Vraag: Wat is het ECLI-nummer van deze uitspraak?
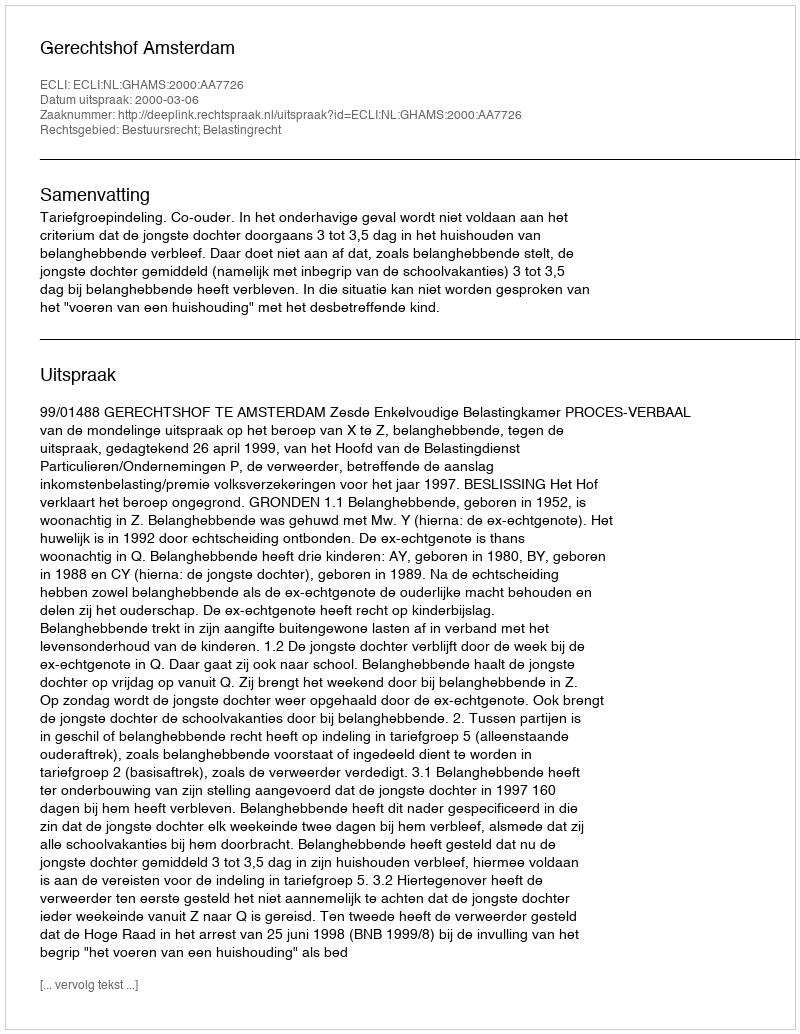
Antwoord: ECLI:NL:GHAMS:2000:AA7726